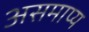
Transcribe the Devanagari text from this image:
असमाप्य